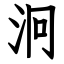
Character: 泂